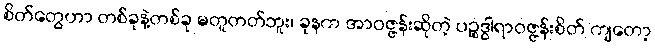
စိတ်တွေဟာ တစ်ခုနဲ့တစ်ခု မတူတတ်ဘူး၊ ခုနက အာဝဇ္ဇန်းဆိုတဲ့ ပဉ္စဒွါရာဝဇ္ဇန်းစိတ် ကျတော့